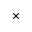
\times